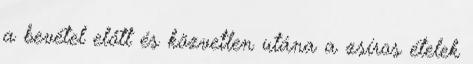
a bevétel előtt és közvetlen utána a zsíros ételek